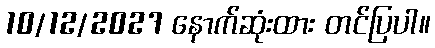
10/12/2027 နောက်ဆုံးထား တင်ပြပါ။